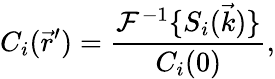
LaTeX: C_{i}(\vec{r}^{\prime})=\frac{\mathcal{F}^{-1}\{ S_{i}(\vec{k})\} }{C_{i}(0)},